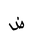
Letter: _dad